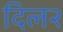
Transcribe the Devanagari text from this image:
दिल२